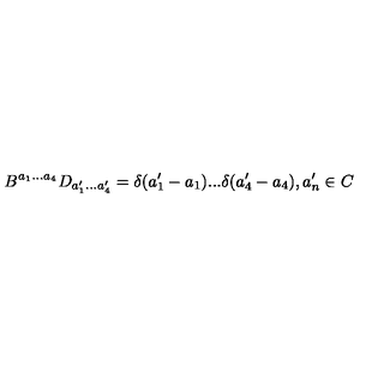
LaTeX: B ^ { a _ { 1 } . . . a _ { 4 } } D _ { a _ { 1 } ^ { \prime } . . . a _ { 4 } ^ { \prime } } = \delta ( a _ { 1 } ^ { \prime } - a _ { 1 } ) . . . \delta ( a _ { 4 } ^ { \prime } - a _ { 4 } ) , a _ { n } ^ { \prime } \in C